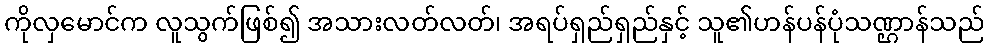
ကိုလှမောင်က လူသွက်ဖြစ်၍ အသားလတ်လတ်၊ အရပ်ရှည်ရှည်နှင့် သူ၏ဟန်ပန်ပုံသဏ္ဌာန်သည်